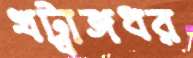
খট্বাঙ্গধর